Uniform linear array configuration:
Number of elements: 16
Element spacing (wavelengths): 0.5
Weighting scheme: kaiser
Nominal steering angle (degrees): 45
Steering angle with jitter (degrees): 46.404
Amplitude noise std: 0.05
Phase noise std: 0.05

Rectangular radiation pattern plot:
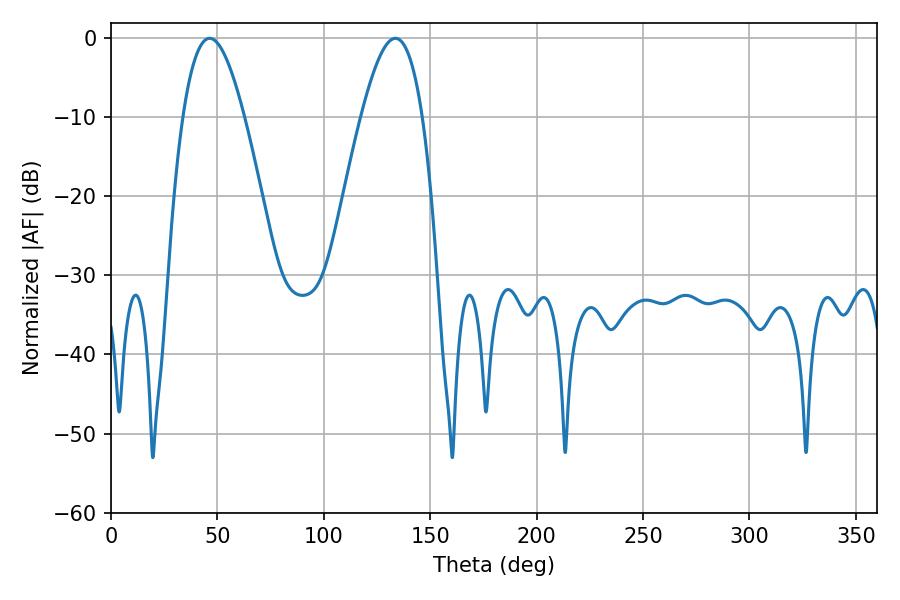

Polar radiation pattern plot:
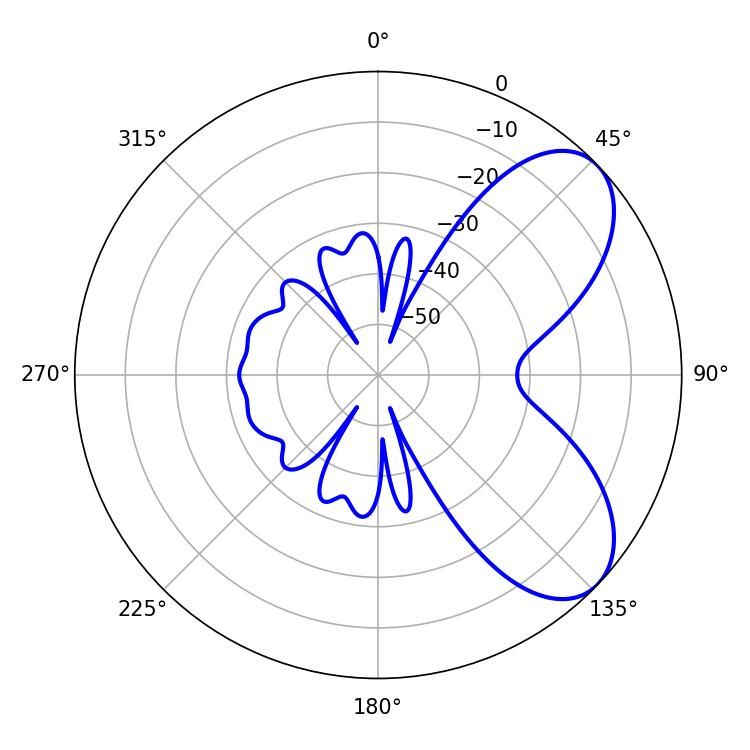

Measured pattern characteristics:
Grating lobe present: FALSE
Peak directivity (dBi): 6.644
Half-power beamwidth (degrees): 15.66
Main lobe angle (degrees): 46.44